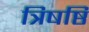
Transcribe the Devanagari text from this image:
त्रिषष्ठि